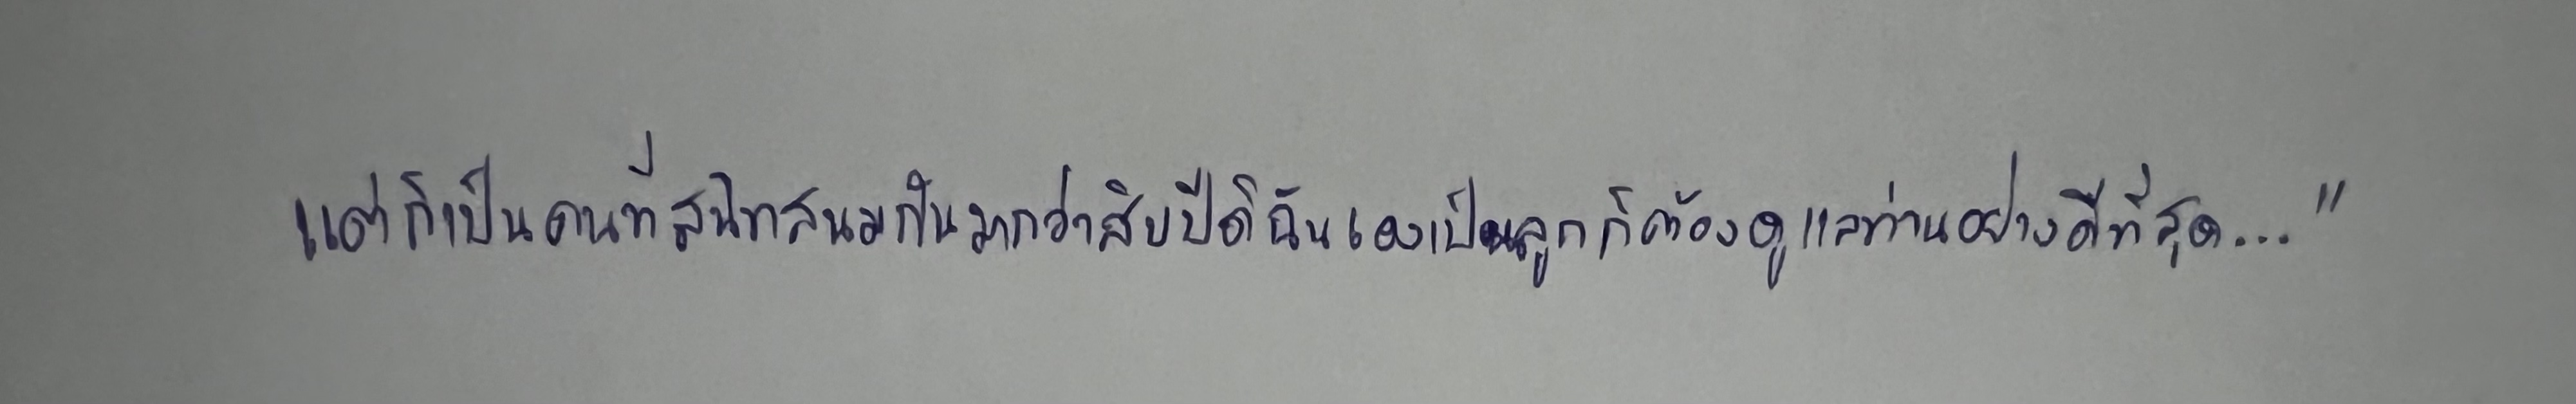
แต่ก็เป็นคนที่สนิทสนมกันมากว่าสิบปีดิฉันเองเป็นลูกก็ต้องดูแลท่านอย่างดีที่สุด..."